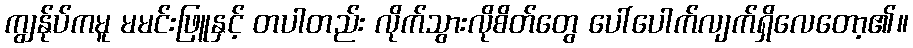
ကျွန်ုပ်ကမူ မမင်းဖြူနှင့် တပါတည်း လိုက်သွားလိုစိတ်တွေ ပေါ်ပေါက်လျက်ရှိလေတော့၏။